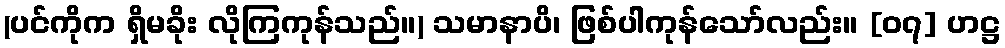
(ပင်ကိုက ရှိမခိုး လိုကြကုန်သည်။) သမာနာပိ၊ ဖြစ်ပါကုန်သော်လည်း။ [၀၇] ဟဋ္ဌ